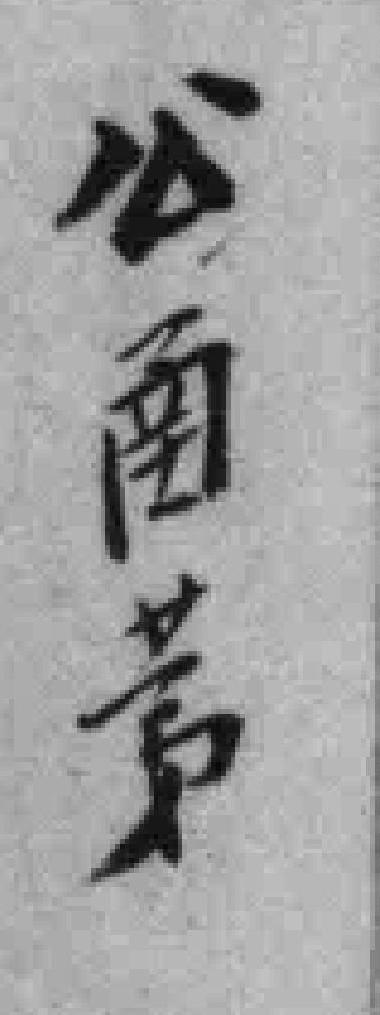
公圅苐